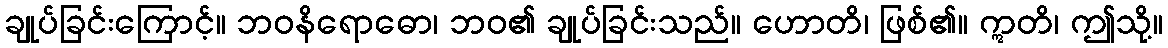
ချုပ်ခြင်းကြောင့်။ ဘဝနိရောဓော၊ ဘဝ၏ ချုပ်ခြင်းသည်။ ဟောတိ၊ ဖြစ်၏။ ဣတိ၊ ဤသို့။